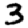
Digit: 3